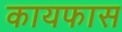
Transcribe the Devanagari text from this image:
कायफास